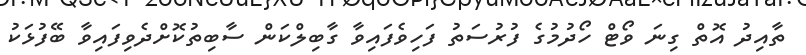
ތާއިދު އޮތް ގިނަ ވޯޓް ހޯދުމުގެ ފުރުސަތު ފަހިވެފައިވާ ގާބިލްކަން ސާބިތުކޮށްދެވިފައިވާ ބޭފުޅަކު